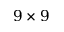
9 \times 9